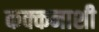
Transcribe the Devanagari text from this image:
कक्कनाशी